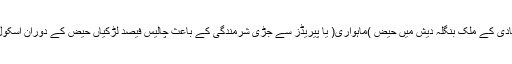
168 ملین آبادی کے ملک بنگلہ دیش میں حیض )ماہواری( یا پیریڈز سے جڑی شرمندگی کے باعث چالیس فیصد لڑکیاں حیض کے دوران اسکول نہیں جاتیں۔